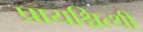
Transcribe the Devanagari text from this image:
प्रायश्चित्थी